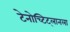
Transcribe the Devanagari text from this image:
टेनोच्टिट्लानला